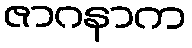
ဇာဂနာက